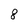
Character: 8